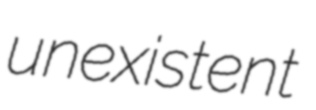
unexistent